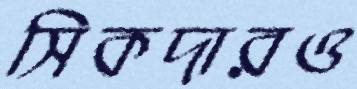
সিকদারও